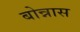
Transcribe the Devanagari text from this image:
बोन्नास